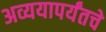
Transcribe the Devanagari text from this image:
अव्ययापर्यंतचे